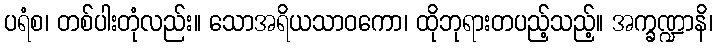
ပရံစ၊ တစ်ပါးတုံလည်း။ သောအရိယသာဝကော၊ ထိုဘုရားတပည့်သည့်။ အက္ခဏ္ဍာနိ၊